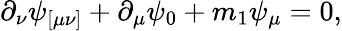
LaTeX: \partial_{\nu}\psi_{[\mu\nu]}+\partial_{\mu}\psi_{0}+m_{1}\psi_{\mu}=0,